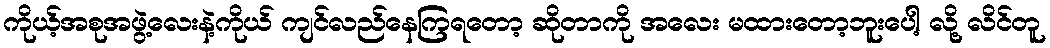
ကိုယ့်အစုအဖွဲ့လေးနဲ့ကိုယ် ကျင်လည်နေကြရတော့ ဆိုတာကို အလေး မထားတော့ဘူးပေါ့ လို့ လိင်တူ